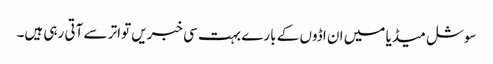
سوشل میڈیا میں ان اڈوں کے بارے بہت سی خبریں تواتر سے آتی رہی ہیں۔